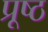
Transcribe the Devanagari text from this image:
प्रूष्ठ